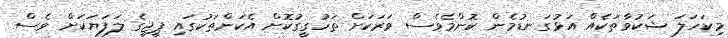
މިކަހަލަ ޝަކުވާތަކެއް އަޅުގަނޑުމެން ކޮންމެވެސް ވަރަކަށް ތަހުގީގުކޮށް އެކަންތަކުގައި ޕީޖީގެ ލަފަޔަކަށް ވެސް